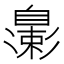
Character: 𬛮